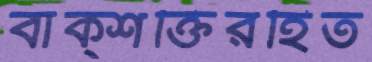
বাক্শক্তিরহিত